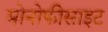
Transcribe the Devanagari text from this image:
मोनोफीसाइट